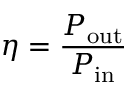
\eta = { \frac { P _ { \mathrm { o u t } } } { P _ { \mathrm { i n } } } }